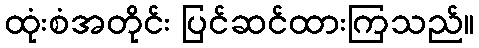
ထုံးစံအတိုင်း ပြင်ဆင်ထားကြသည်။